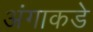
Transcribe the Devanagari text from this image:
अंगाकडे